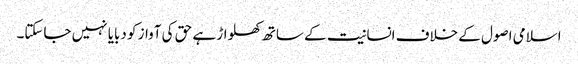
اسلامی اصول کے خلاف انسانیت کے ساتھ کھلواڑ ہے حق کی آواز کو دبایا نہیں جاسکتا۔